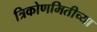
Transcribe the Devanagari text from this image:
त्रिकोणमितीच्या